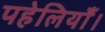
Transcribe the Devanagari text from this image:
पहेलियाँ।